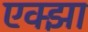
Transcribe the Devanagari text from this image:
एक्झा